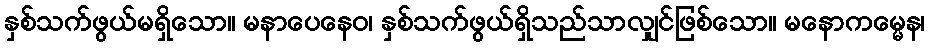
နှစ်သက်ဖွယ်မရှိသော။ မနာပေနေဝ၊ နှစ်သက်ဖွယ်ရှိသည်သာလျှင်ဖြစ်သော။ မနောကမ္မေန၊